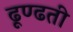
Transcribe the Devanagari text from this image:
ढूण्ढती